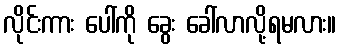
လိုင်းကား ပေါ်ကို ခွေး ခေါ်လာလို့ရမလား။